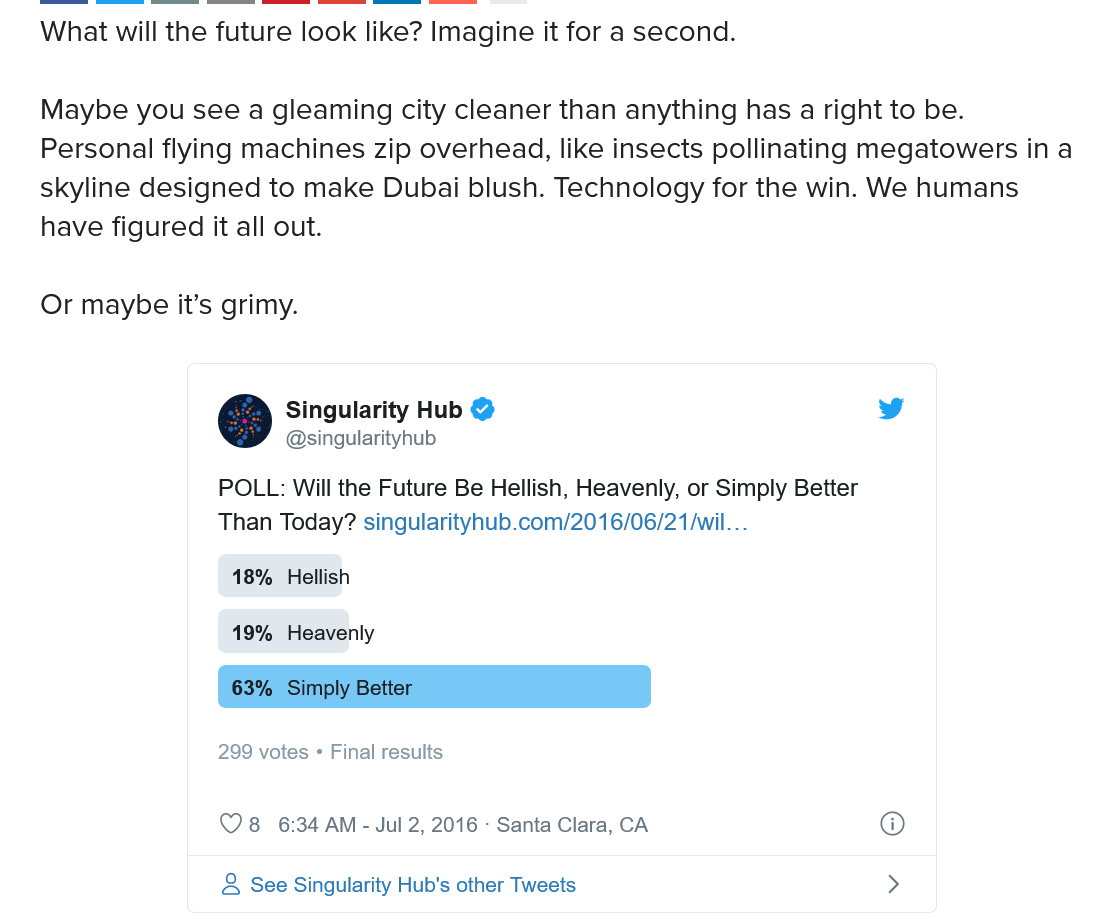
What will the future look like? Imagine it for a second.
   Maybe  you see a gleaming city cleaner than anything has a right to be.
   Personal flying machines zip overhead, like insects pollinating megatowers in a
   skyline designed to make Dubai blush. Technology for the win. We humans
   have figured it all out.
   Or maybe it’s grimy.
     Singularity Hub
     @singularityhub
     POLL: Will the Future Be Hellish, Heavenly, or Simply Better
     Than Today? singularityhub.com/2016/06/21/wil...
     18% Hellish
     19% Heavenly
     63% Simply Better
     299 votes Final results
     See Singularity Hub's other Tweets
     734 AM
     -
     Jul 2, 2016 Santa Clara, CA